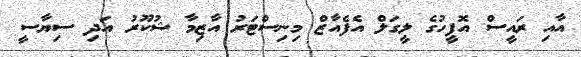
އާއި ރައީސް އޮފީހުގެ ލީގަލް އެފެއާޒް މިނިސްޓަރު އާޒިމާ ޝުކޫރު އަދި ސިޔާސީ